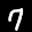
Label: 7